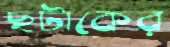
ছটাকের